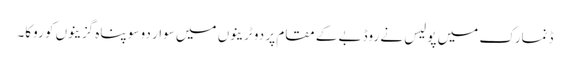
ڈنمارک میں پولیس نے روڈبے کے مقام پر دو ٹرینوں میں سوار دو سو پناہ گزینوں کو روکا۔